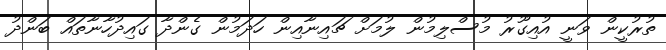
ތުރުކީން ވަނީ އުއިގޫރު މުސްލިމުން ލުމަށް ޗައިނާއިން ހަދަމުން ގެންދާ ގައިދުހާނާތައް ބަންދު